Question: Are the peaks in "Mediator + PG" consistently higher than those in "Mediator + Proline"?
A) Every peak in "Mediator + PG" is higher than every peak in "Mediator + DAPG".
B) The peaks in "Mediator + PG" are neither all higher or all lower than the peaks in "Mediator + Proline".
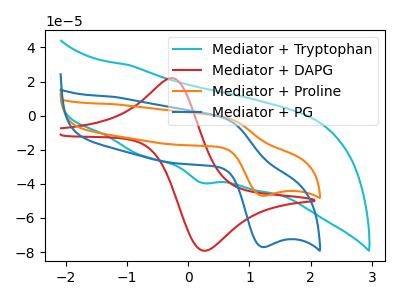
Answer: <think>The cyan curve "Mediator + Tryptophan" has a cathodic peak at: (0.20V, -39.30uA). The red curve "Mediator + DAPG" has an anodic peak at (-0.25V, 21.95uA) and a cathodic peak at (0.25V, -79.25uA). The orange curve "Mediator + Proline" has an anodic peak at (0.60V, -0.90uA) and a cathodic peak at (1.20V, -46.95uA). The blue curve "Mediator + PG" has an anodic peak at (0.60V, -1.45uA) and a cathodic peak at (1.20V, -77.05uA).</think>
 <answer>B) The peaks in "Mediator + PG" are neither all higher or all lower than the peaks in "Mediator + Proline".</answer>
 <eval>B</eval>